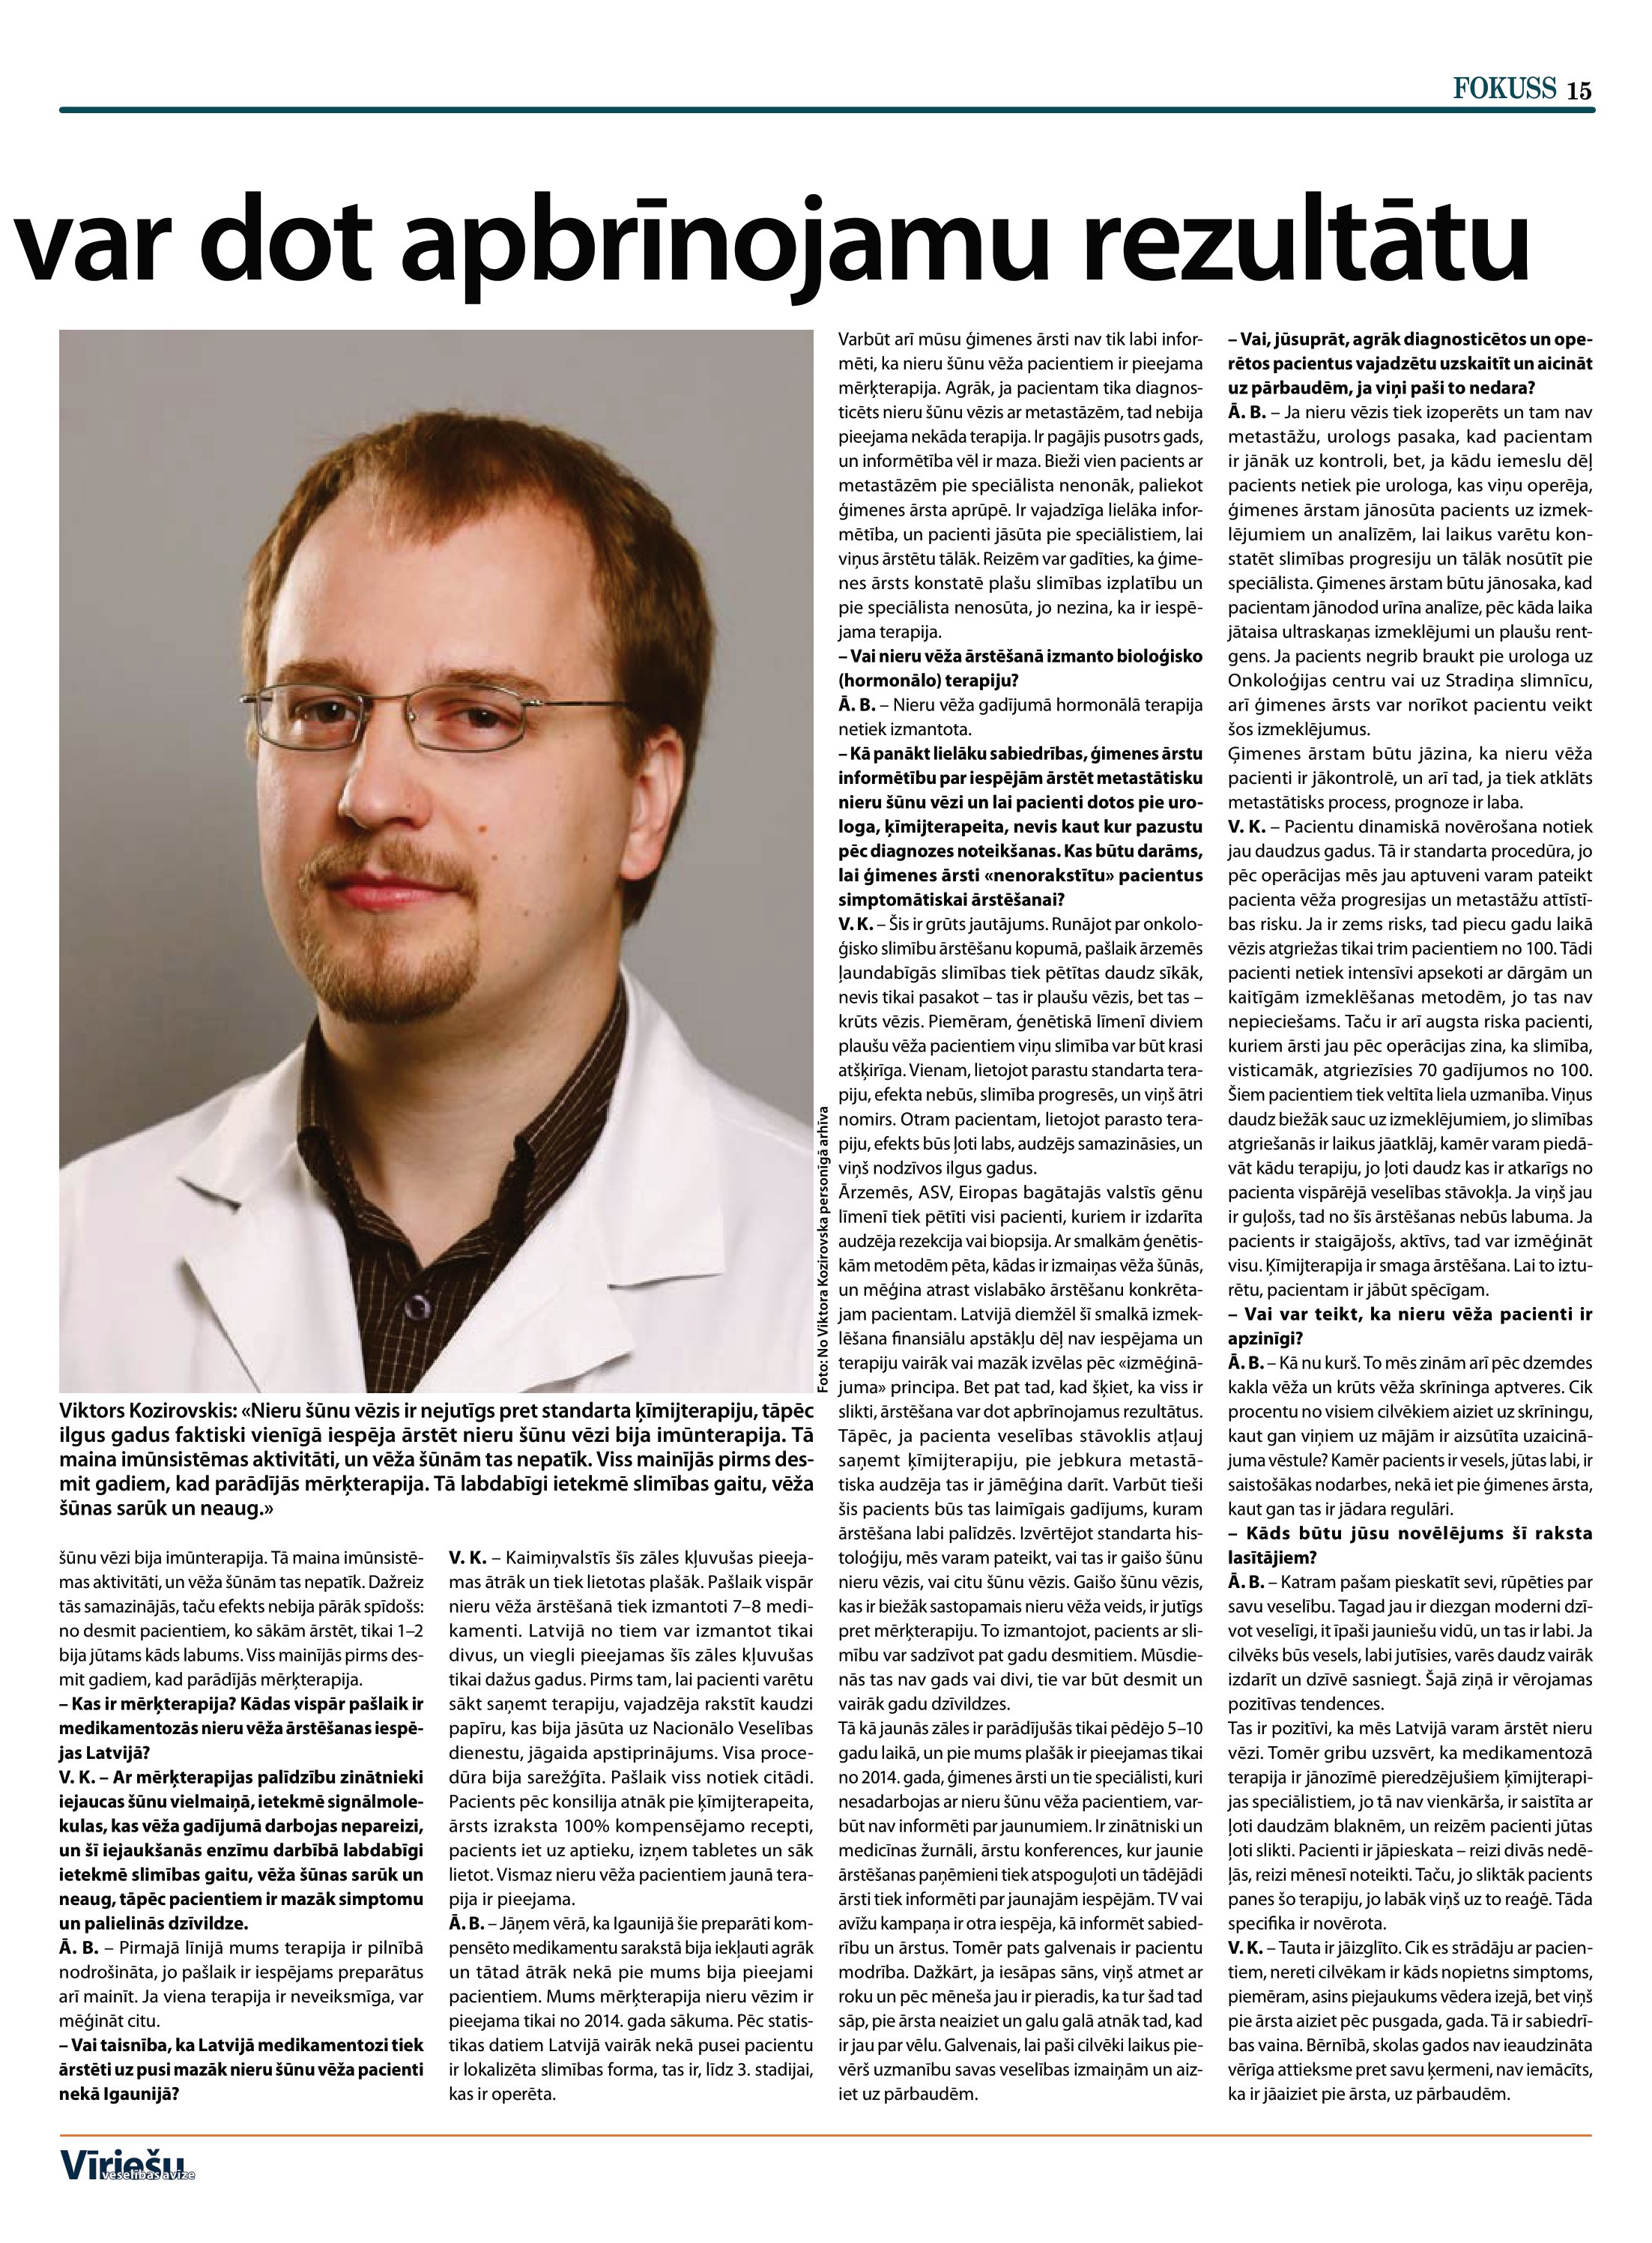
Language: lv